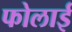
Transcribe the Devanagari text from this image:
फोलाई